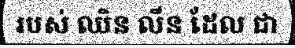
របស់ ឈិន លីន ដែល ជា